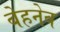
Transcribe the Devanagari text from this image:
बेहनेव